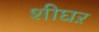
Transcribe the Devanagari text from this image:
शीघऱ